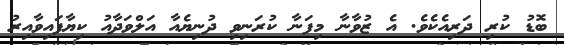
ބޮޑު ކުރި ދަރިއެކެވެ. އެ ޒުވާނާ މިފަނާ ކުރަނިވި ދުނިޔެއާ އަލްވަދާއު ކިޔާފައިވާއިރު